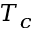
T _ { c }